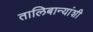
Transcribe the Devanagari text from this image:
तालिबान्यांशी